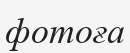
фотоға